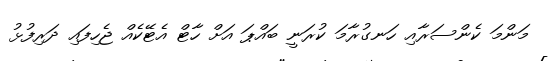
މަންމަ ކެންސަރާއި ހަނގުރާމަ ކުރަނީ ބައްޕަ އަށް ހާޓް އެޓޭކެއް ޖެހިފައި ދަރިފުޅު